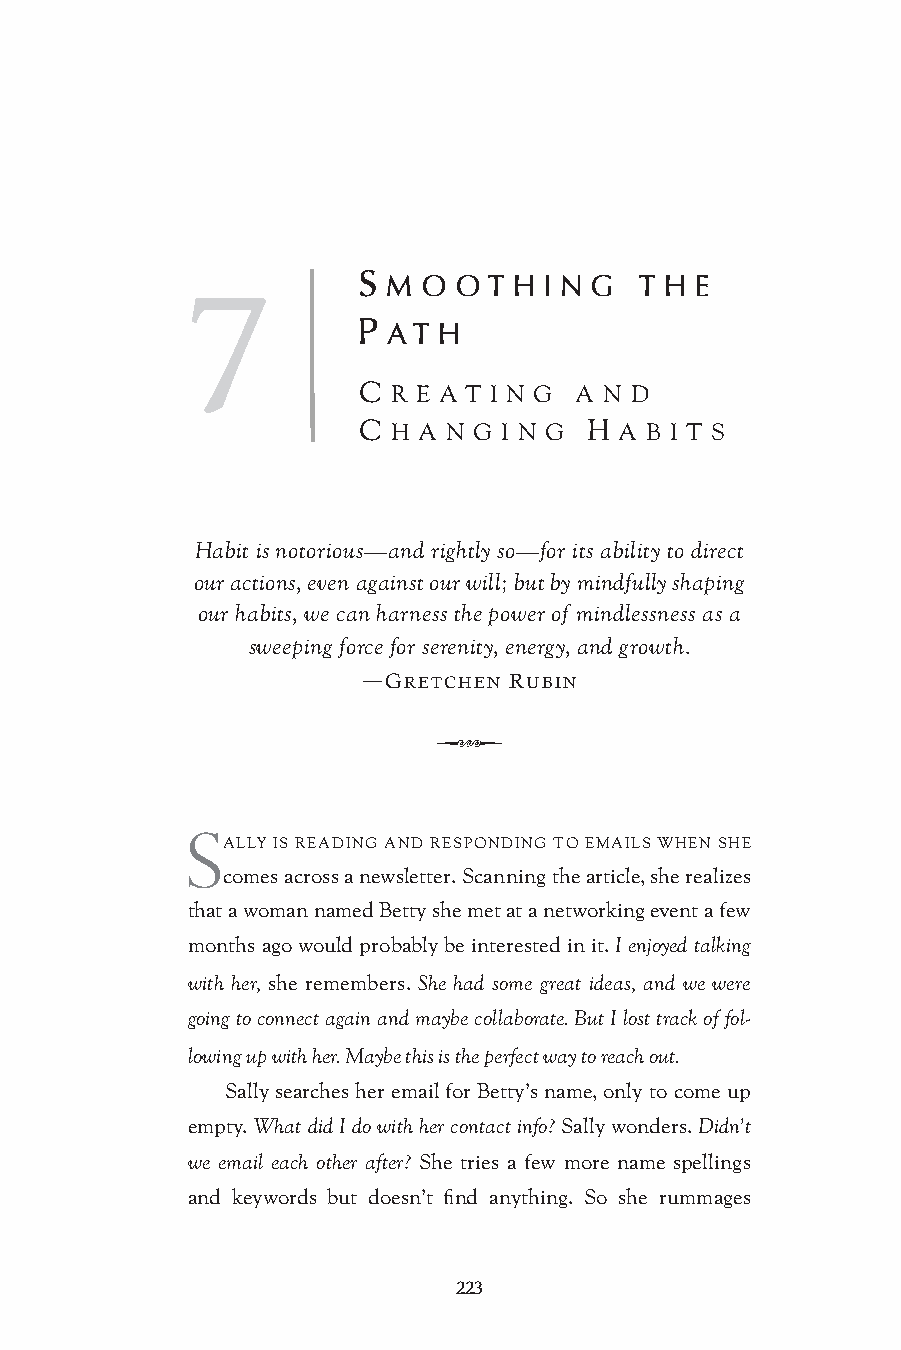
7           S M O O T H I N G T H E
 P AT H
 C R E A T I N G A N D
 C H A N G I N G H A B I T S
 Habit is notorious—and rightly so—for its ability to direct
 our actions, even against our will; but by mindfully shaping
 our habits, we can harness the power of mindlessness as a
 sweeping force for serenity, energy, and growth.
 ―GRETCHEN RUBIN
 Q
 S
 ALLY IS READING AND RESPONDING TO EMAILS WHEN SHE
 comes across a newsletter. Scanning the article, she realizes
 that a woman named Betty she met at a networking event a few
 months ago would probably be interested in it. I enjoyed talking
 with her, she remembers. She had some great ideas, and we were
 going to connect again and maybe collaborate. But I lost track of fol-
 lowing up with her. Maybe this is the perfect way to reach out.
 Sally searches her email for Betty’s name, only to come up
 empty. What did I do with her contact info? Sally wonders. Didn’t
 we email each other after? She tries a few more name spellings
 and keywords but doesn’t find anything. So she rummages
 223